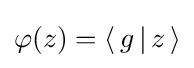
\varphi (z)=\langle \,g\,|\,z\,\rangle